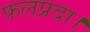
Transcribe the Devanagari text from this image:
फलप्रदा।